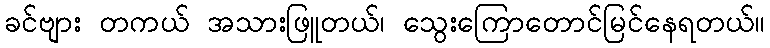
ခင်ဗျား တကယ် အသားဖြူတယ်၊ သွေးကြောတောင်မြင်နေရတယ်။